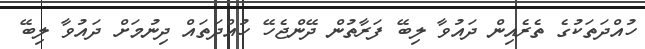
ހުއްދަތަކުގެ ތެރެއިން ދައުވާ ލިބޭ ފަރާތުން ދޭންޖެހޭ ހުއްދަތައް ދިނުމަށް ދައުވާ ލިބޭ